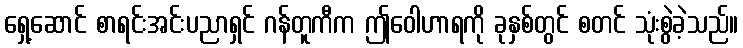
ရှေ့ဆောင် စာရင်းအင်းပညာရှင် ဂန်တူကီက ဤဝေါဟာရကို ခုနှစ်တွင် စတင် သုံးစွဲခဲ့သည်။